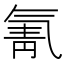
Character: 氰